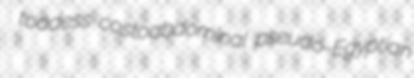
toadess costoabdominal pseudo-Egyptian